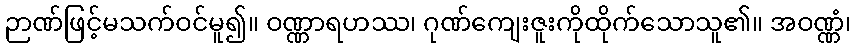
ဉာဏ်ဖြင့်မသက်ဝင်မူ၍။ ဝဏ္ဏာရဟဿ၊ ဂုဏ်ကျေးဇူးကိုထိုက်သောသူ၏။ အဝဏ္ဏံ၊